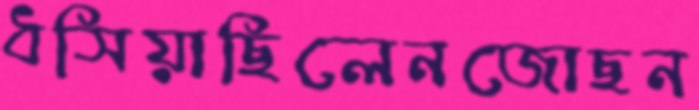
ধসিয়াছিলেনজোছন